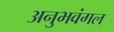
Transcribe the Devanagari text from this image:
अनुभवंगल